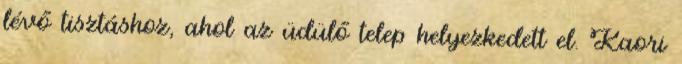
lévő tisztáshoz, ahol az üdülő telep helyezkedett el. Kaori